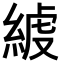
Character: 𦁭